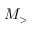
M _ { > }